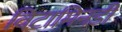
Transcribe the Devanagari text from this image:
विटामिनडी